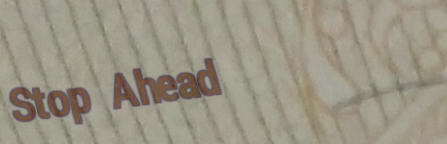
Stop Ahead